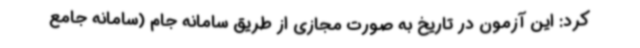
کرد: این آزمون در تاریخ به صورت مجازی از طریق سامانه جام (سامانه جامع